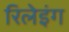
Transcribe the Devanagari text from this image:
रिलेइंग